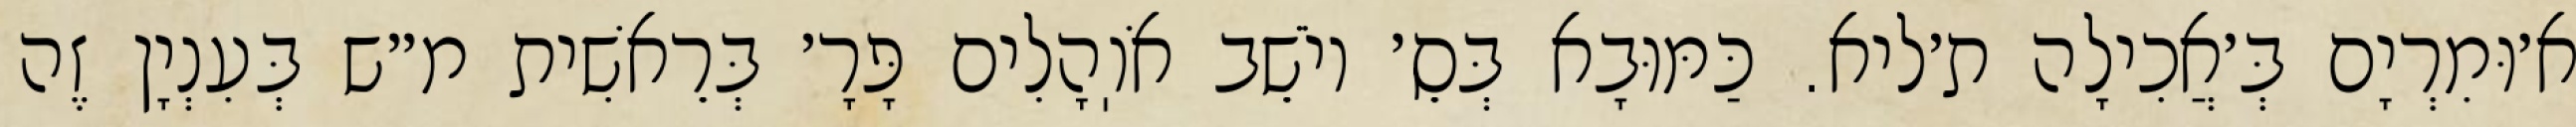
א׳וּמִרְיָם בְּ׳אֲכִילָה ת׳ליא. כַּמּוּבָא בְּסֵ׳ יוֹשֵׁב אֹוֽהָלִים פָּרָ׳ בְּרֵאשִׁית מ״ש בְּעִנְיָן זֶה